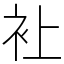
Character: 𧘕